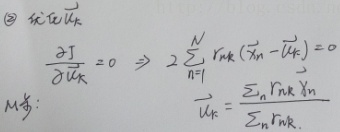
\textcircled{2} 求 $\nabla \vec{u}_{k}$

\[
\frac{\partial J}{\partial \vec{u}_{k}} = 0\Rightarrow 2\sum_{n = 1}^{N} r_{nk}(\vec{x}_{n}-\vec{u}_{k}) = 0
\]

解:

\[
\vec{u}_{k}=\frac{\sum_{n}r_{nk}\vec{x}_{n}}{\sum_{n}r_{nk}}
\]